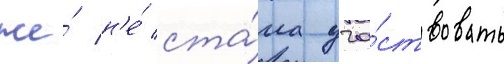
же́ н'е́ ста́ла уча́ствовать